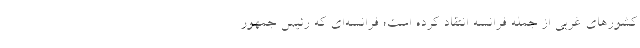
کشورهای غربی از جمله فرانسه انتقاد کرده است؛ فرانسه‌ای که رئیس جمهور